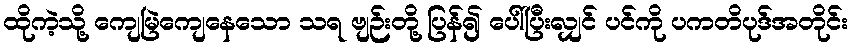
ထိုကဲ့သို့ ကျေမြဲကျေနေသော သရ ဗျဉ်းတို့ ပြန်၍ ပေါ်ပြီးလျှင် ပင်ကို ပကတိပုဒ်အတိုင်း